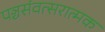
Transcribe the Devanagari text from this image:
पञ्चसंवत्सरात्मक